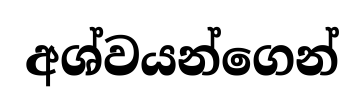
අශ්වයන්ගෙන්